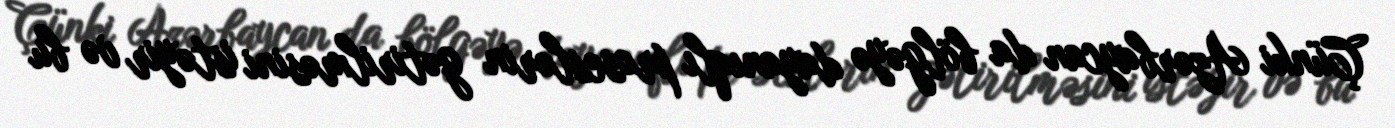
Çünki Azərbaycan da bölgəyə dayanıqlı proseslərin gətirilməsini istəyir və bu